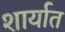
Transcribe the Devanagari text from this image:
शार्यात